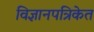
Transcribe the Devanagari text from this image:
विज्ञानपत्रिकेत